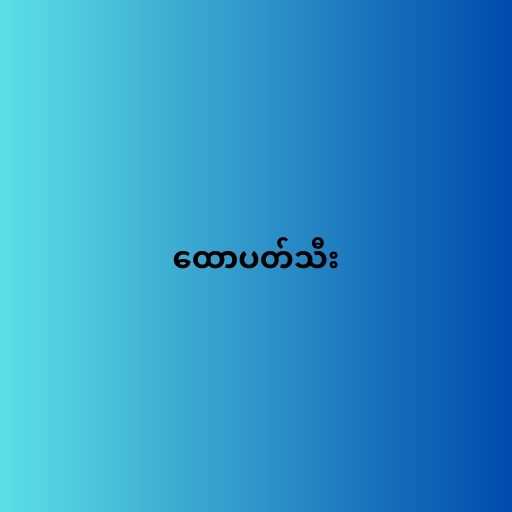
ထောပတ်သီး